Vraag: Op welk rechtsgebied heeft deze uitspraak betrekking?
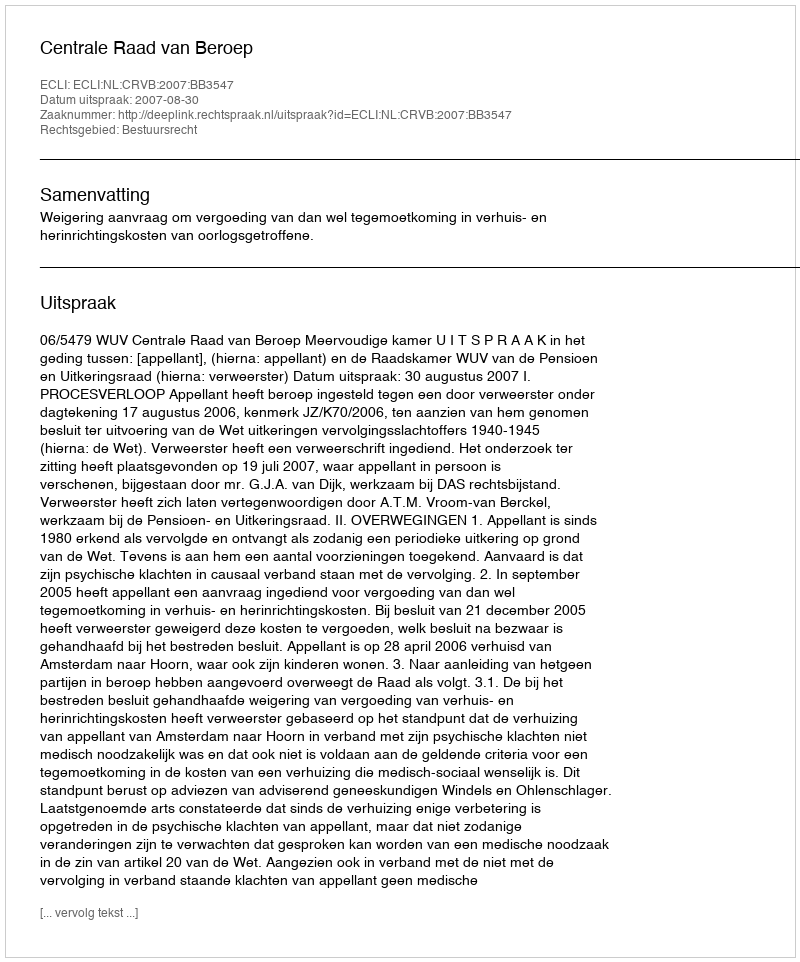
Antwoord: Bestuursrecht